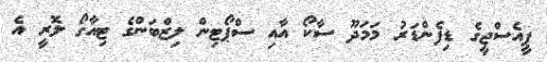
ޕީއެސްޖީގެ ޑިފެންޑަރު މަމަދޫ ސާކޯ އާއި ސްޕޯޓިން ލިޒްބަންގެ ޓިއާގޯ ލޮރީ އެ